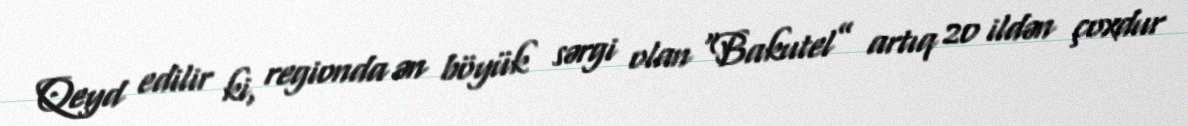
Qeyd edilir ki, regionda ən böyük sərgi olan “Bakutel” artıq 20 ildən çoxdur